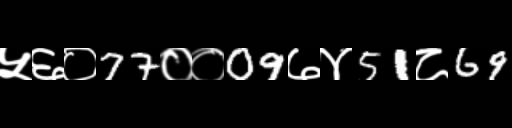
Text: ५६०77००09७४51८69